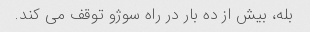
بله، بیش از ده بار در راه سوژو توقف می کند.